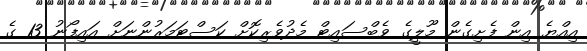
އިއްޔެ އިން ފެށިގެން މޫލީގެ ވެބްސައިޓް މެދުވެރިކޮށް ކަސްޓަމަރުންނަށް އައިފޯނު 13 ގެ